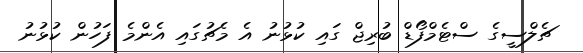
ޗެލްސީގެ ސްޓެމްފޯޑް ބުރިޖް ގައި ކުޅުނު އެ މެޗުގައި އެންމެ ފަހުން ކުޅުނު